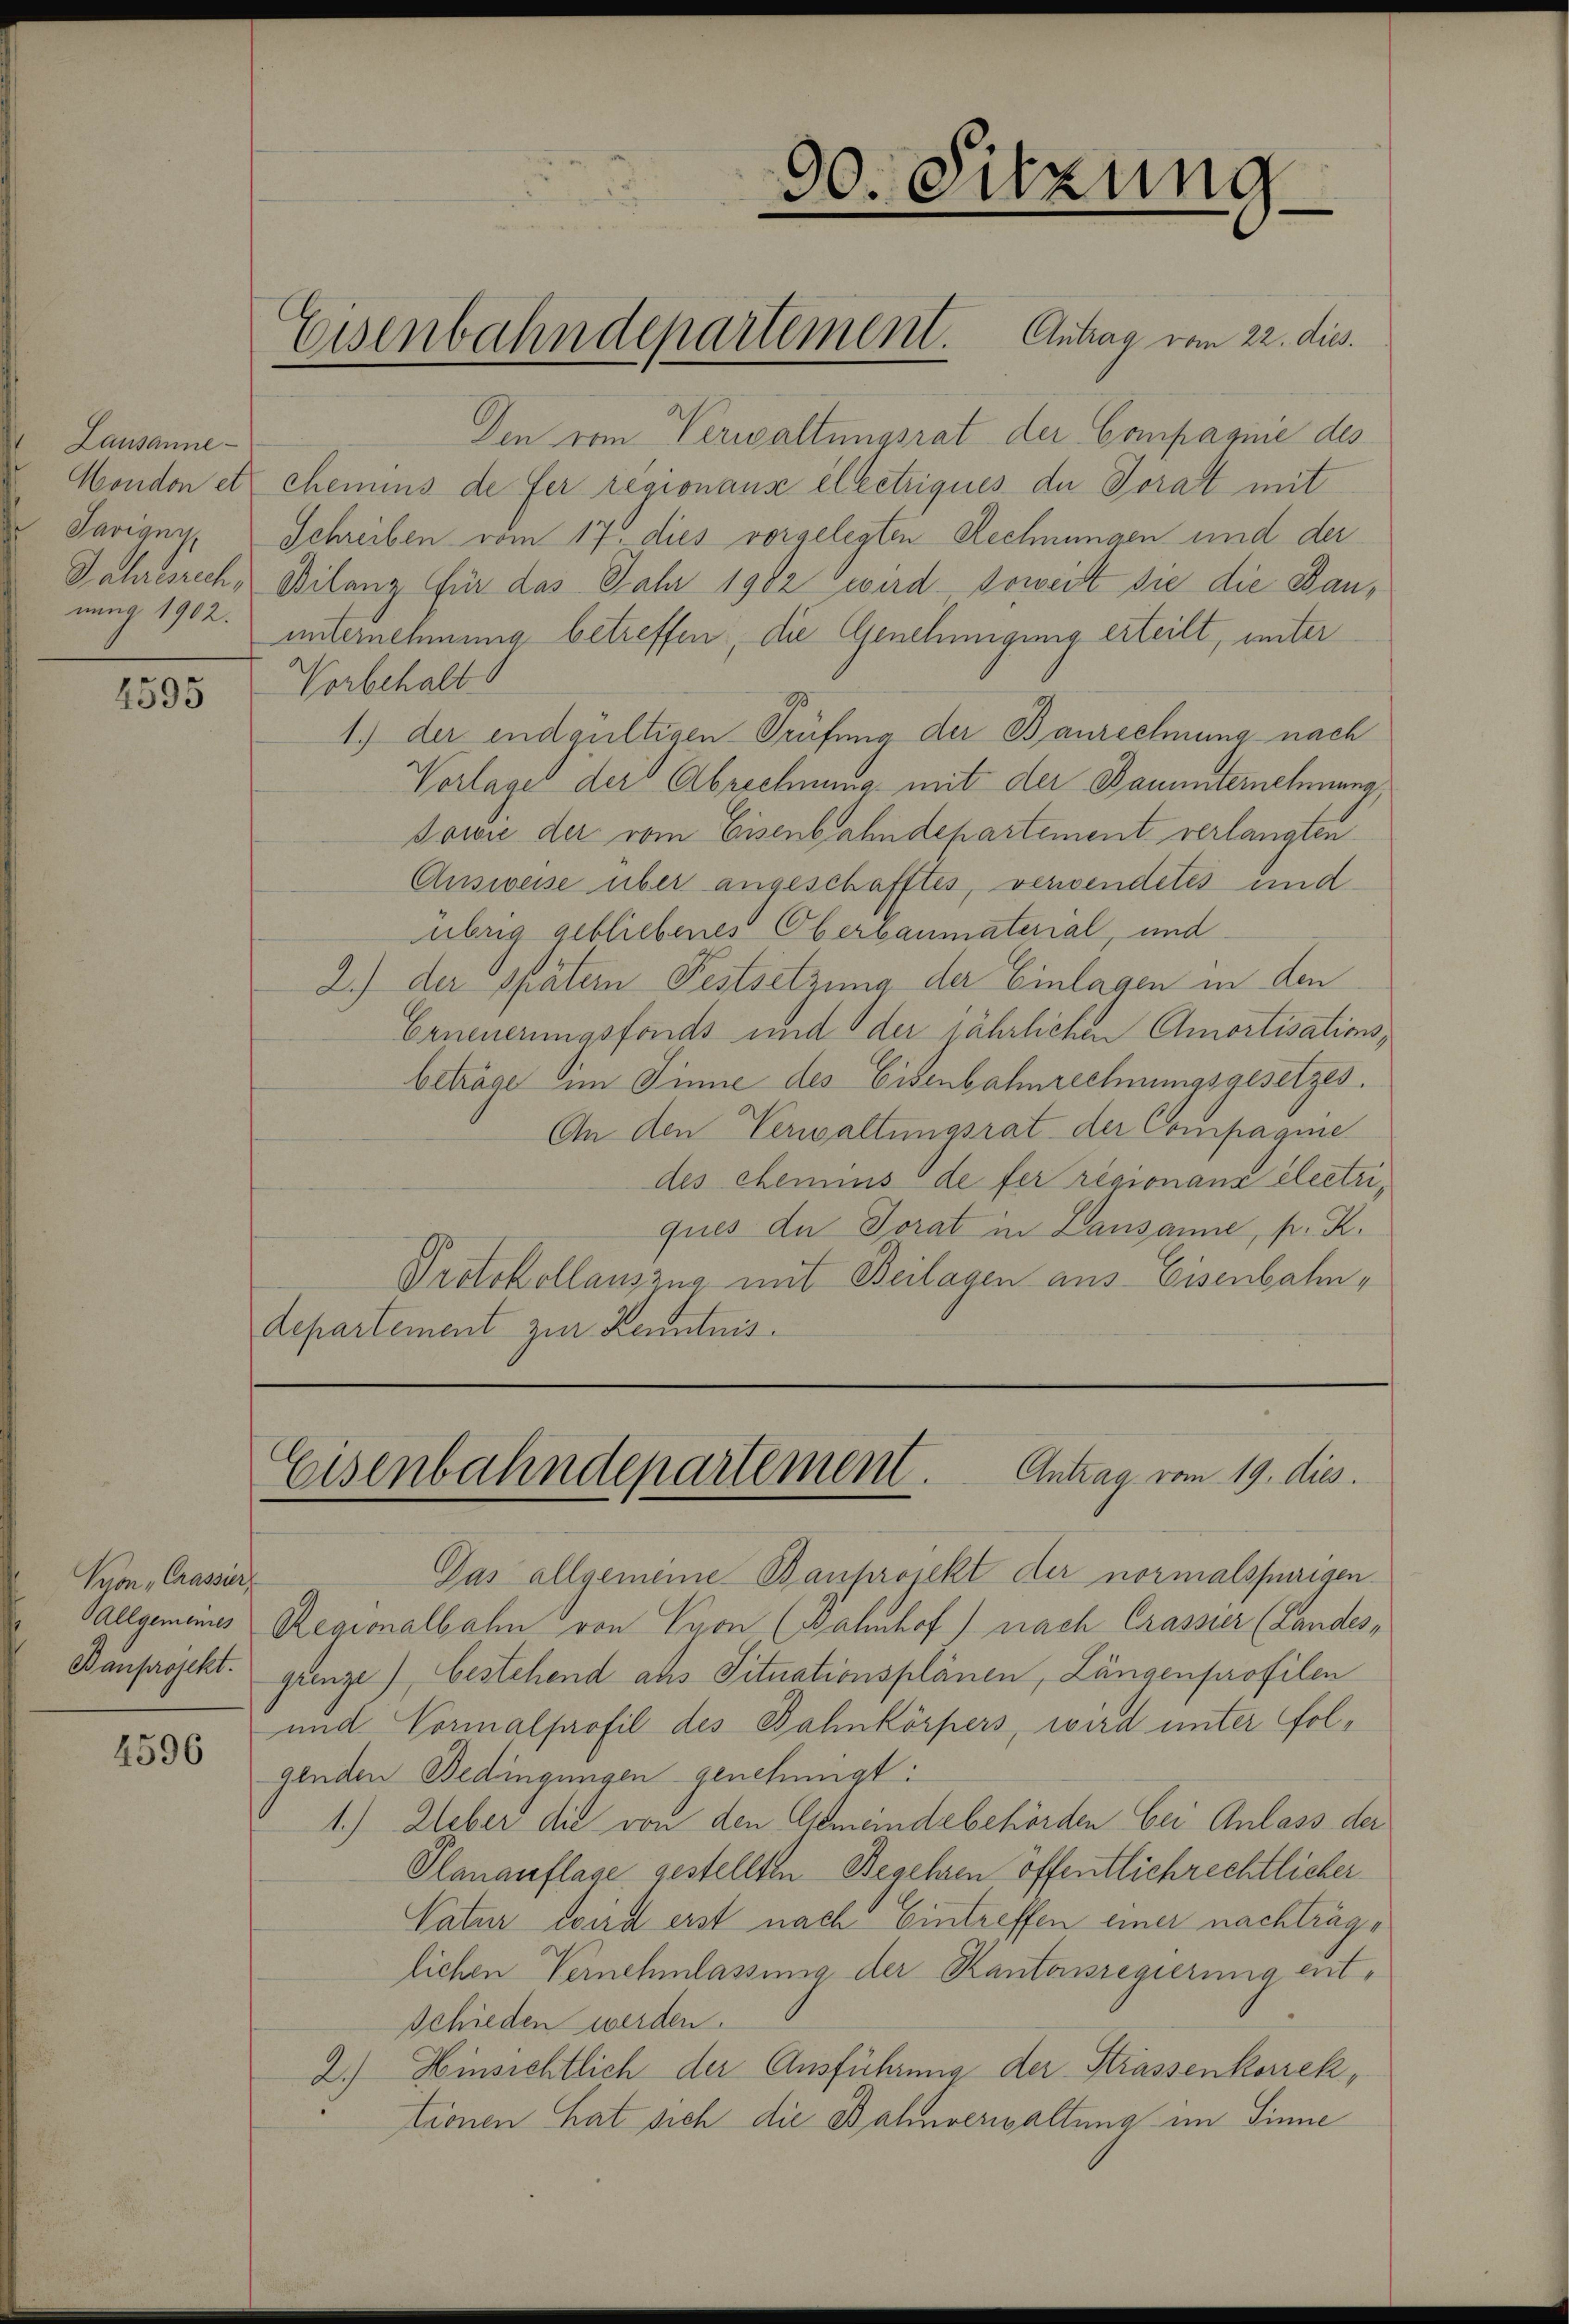
Lausanne
Savigny
nung 1902.

2595

Kron Crassier

4596

Den vom Verwaltungsrat der Compagnie des
Hondon et chemins de fer regionanz electriques de Torat mit
Schreiben vom 17. dies vorgelegten Rechnungen und der
Jahresrech, Bilanz für das Jahr 1902 wird soweit sie die Bauunternehmung betreffen, die Genehmigung erteilt, unter
Vorbehalt
1.) der endgültigen Prüfung der Baurechnung nach
Vorlages der Abrechnung mit der Bauunternehmung,
Sowie der vom Eisenbahndepartement verlangten
Ausweise über angeschafftes, verwendetes und
übrig gebliebenes Oberbaumaterial, und
2.) der spätern Festsetzung der Einlagen in den
Erneuerungsfonds und der jährlichen Amortisationsbeträge im Sinne des Eisenbahnrechnungsgesetzes.
An den Verwaltungsrat der Compagnie
des chemins de fer regionanz electriques der Torat in Lausanne, p. K.
Protokollauszug mit Beilagen aus Eisenbahndepartement zur Kenntnis.

00. Sitzung

Eisenbahndepartement. Antrag vom 22. dies

Eisenbahndepartement. Antrag vom 19. dies

Das allgemeine Bauprojekt der normalspurigen
Callgemeines Regionalbahn von Lyon (Bahnhof nach Crasser (Landes,
Bauprojekt. grenze) bestehend aus Situationsplänen, Längenprofilen
und Vormalprofil des Bahnkörpers, wird unter Folgenden Bedingungen genehmigt:
1.) Ueber die von den Gemeindebehörden bei Anlass der
Planauflage gestellten Begehren öffentlichrechtlicher
Vater wird erst nach Eintreffen einer nachträge
lichen Vernehmlassung der Kantonsregierung entschieden werden.
2.) Hinsichtlich der Ausführung der Strassenkorrektronen hat sich die Bahnverwaltung im Sinne